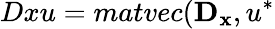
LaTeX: Dxu=matvec(\mathbf{D_{x}},u^{*}